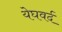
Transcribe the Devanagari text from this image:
येघवर्द